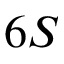
6 S